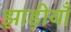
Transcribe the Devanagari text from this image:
झाड़ीयाँ